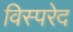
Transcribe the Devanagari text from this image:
विस्परेद